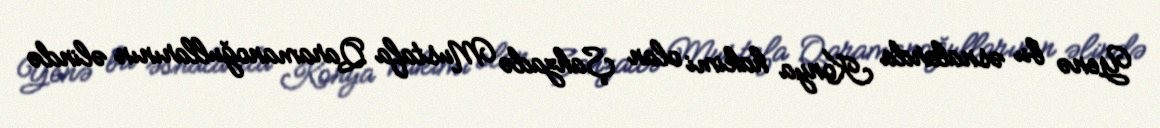
Yenə bu əsnalarda Konya hakimi olan Şahzadə Mustafa Qaramanoğullarının əlində